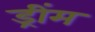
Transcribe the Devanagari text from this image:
ड्रींम